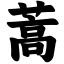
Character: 蒿